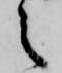
之